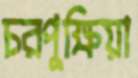
চরপুক্ষিয়া